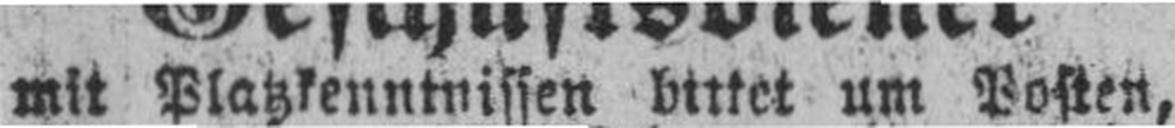
mit Platzkenntnissen bittet um Posten,